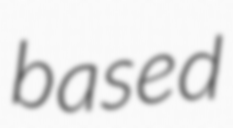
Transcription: based